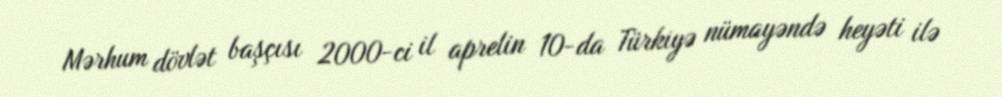
Mərhum dövlət başçısı 2000-ci il aprelin 10-da Türkiyə nümayəndə heyəti ilə